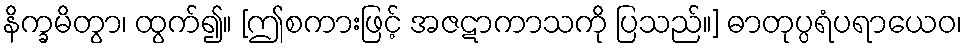
နိက္ခမိတွာ၊ ထွက်၍။ [ဤစကားဖြင့် အဇဋာကာသကို ပြသည်။] ဓာတုပ္ပရံပရာယေဝ၊